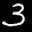
Label: 3